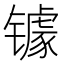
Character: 𮣷